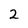
Character: 2